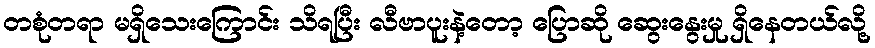
တစုံတရာ မရှိသေးကြောင်း သိရပြီး လီဗာပူးနဲ့တော့ ပြောဆို ဆွေးနွေးမှု ရှိနေတယ်လို့